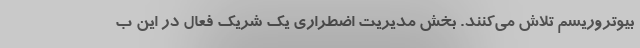
بیوتروریسم تلاش می‌کنند. بخش مدیریت اضطراری یک شریک فعال در این ب